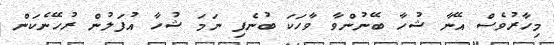
މިހާރުވެސް އޭނާ ޝުހާ ބޭނުންވާ ވާހަކަ ބުނެފި ނަމަ ޝުހާ އުފަލުން ރުހޭނެކަން